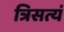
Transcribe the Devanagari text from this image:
त्रिसत्यं